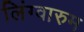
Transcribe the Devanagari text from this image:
लिंग्वारुम